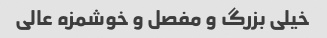
خیلی بزرگ و مفصل و خوشمزه عالی